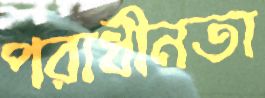
পরাধীনতা